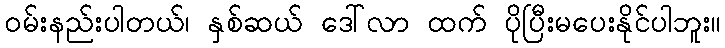
ဝမ်းနည်းပါတယ်၊ နှစ်ဆယ် ဒေါ်လာ ထက် ပိုပြီးမပေးနိုင်ပါဘူး။